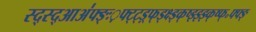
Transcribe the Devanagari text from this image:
स्द्स्द्आअ॑फ्ङ्ः़फ्ट्ट्ड़्फ्ड्क्ष्ड्क्ष्झ्झ्झ्क्ष्फ्॰फ्फ्ङ्